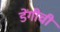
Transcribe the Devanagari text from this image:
डेंगीची